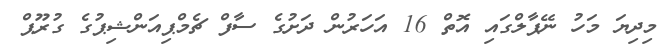
މިދިޔަ މަހު ނޭޕާލްގައި އޮތް 16 އަހަރުން ދަށުގެ ސާފް ޗެމްޕިއަންޝިޕުގެ ގުރޫޕް